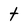
Character: t